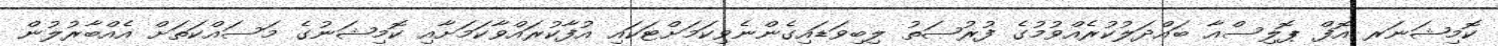
ކޮމިޝަނަރ އޮފް ޕޮލިސްއާ ބައްދަލުކުރެއްވުމުގެ ފުރުޞަތު ލިބިވަޑައިގެންނެވިކަމަށްޓަކައި އުފާކުރައްވާކަމަށާއި ކޮމިޝަނުގެ މަސައްކަތަށް އެއްބާރުލުން